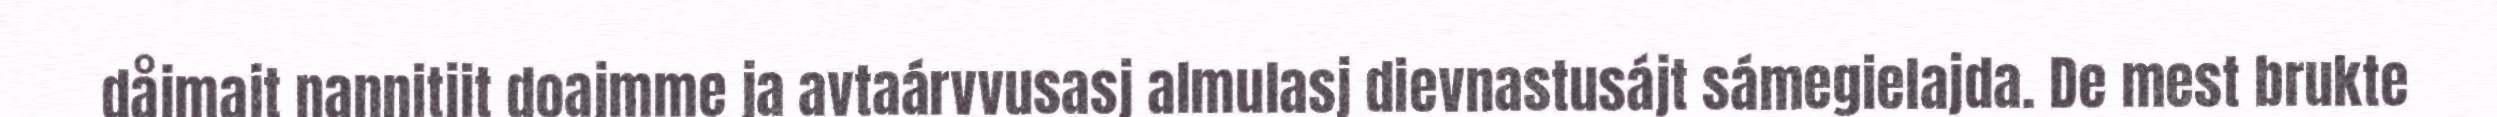
dåjmajt nannitjit doajmme ja avtaárvvusasj almulasj dievnastusájt sámegielajda. De mest brukte